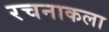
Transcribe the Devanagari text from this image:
रचनाकला